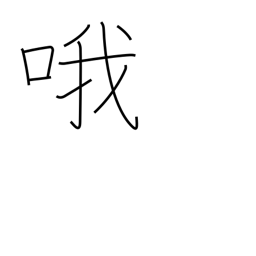
Meaning: sing